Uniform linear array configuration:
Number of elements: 32
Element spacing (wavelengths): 0.5
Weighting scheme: kaiser
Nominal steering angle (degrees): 45
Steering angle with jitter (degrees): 45.15
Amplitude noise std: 0.05
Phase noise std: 0.05

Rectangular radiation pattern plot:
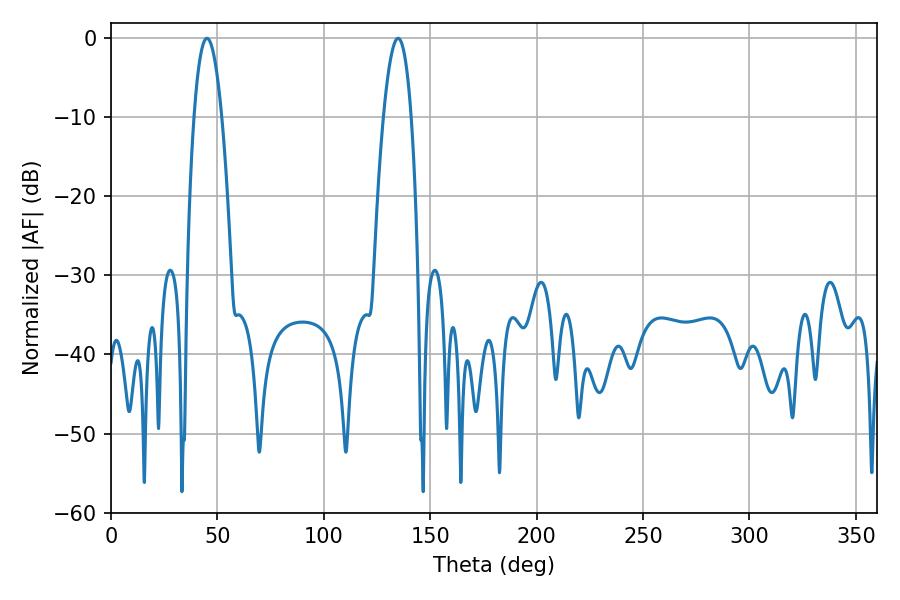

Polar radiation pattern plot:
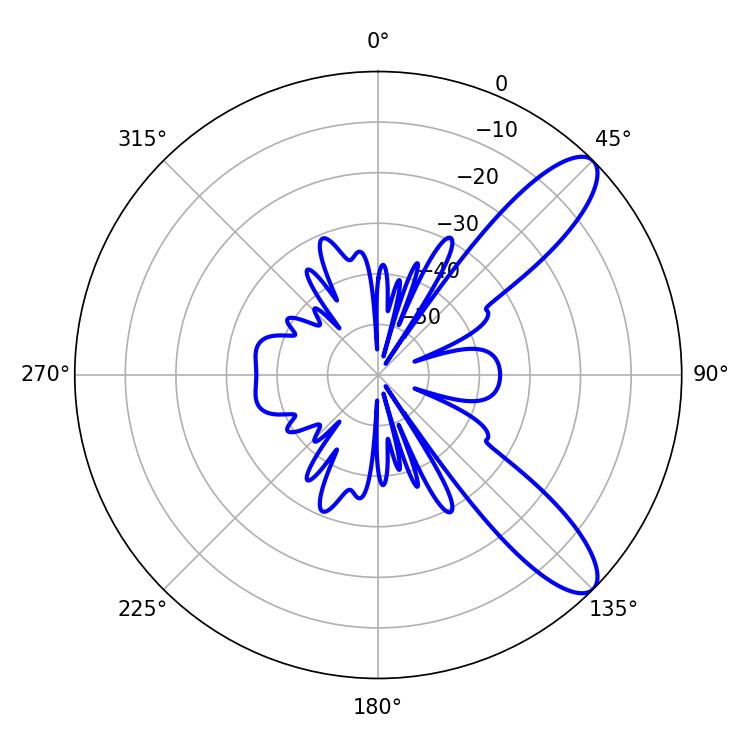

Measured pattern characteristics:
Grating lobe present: FALSE
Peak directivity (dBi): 10.181
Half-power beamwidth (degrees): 7.2
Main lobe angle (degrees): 45.18